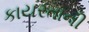
કાયરતાની